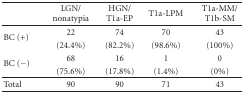
|  | LGN/nonatypia | HGN/T1a-EP | T1a-LPM | T1a-MM/T1b-SM |
 | --- | --- | --- | --- | --- |
 | <ROWSPAN=2> BC (+) | 22 | 74 | 70 | 43 |
 | (24.4%) | (82.2%) | (98.6%) | (100%) |
 | <ROWSPAN=2> BC (−) | 68 | 16 | 1 | 0 |
 | (75.6%) | (17.8%) | (1.4%) | (0%) |
 | Total | 90 | 90 | 71 | 43 |